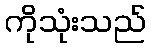
ကိုသုံးသည်